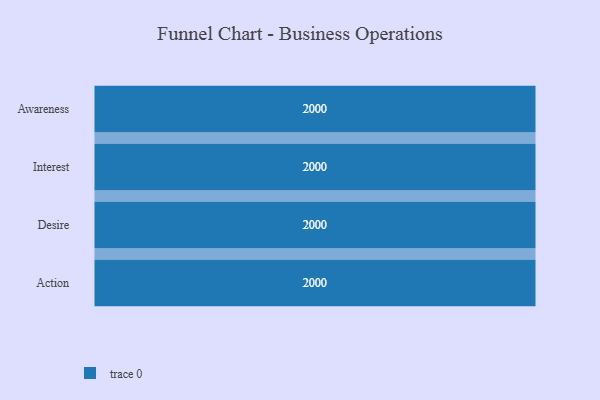
{"axis": {"x": "Stage", "y": "Value"}, "legend": [""], "data": [{"x": "Awareness", "y": 2000, "type": ""}, {"x": "Interest", "y": 2000, "type": ""}, {"x": "Desire", "y": 2000, "type": ""}, {"x": "Action", "y": 2000, "type": ""}]}